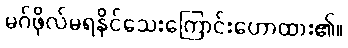
မဂ်ဖိုလ်မရနိုင်သေးကြောင်းဟောထား၏။